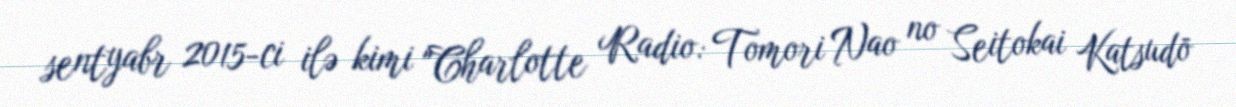
sentyabr 2015-ci ilə kimi "Charlotte Radio: Tomori Nao no Seitokai Katsudō